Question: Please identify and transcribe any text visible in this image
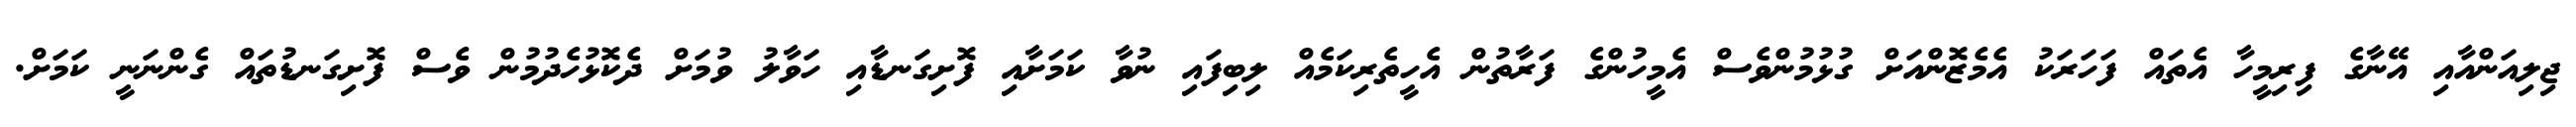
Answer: ޖިލިއަންއާއި އޭނާގެ ފިރިމީހާ އެތައް ފަހަރަކު އެމެޒޮންއަށް ގުޅުމުންވެސް އެމީހުންގެ ފަރާތުން އެހީތެރިކަމެއް ލިބިފައި ނުވާ ކަމަށާއި ފޮށިގަނޑާއި ހަވާލު ވުމަށް ދެކޮޅުހެދުމުން ވެސް ފޮށިގަނޑުތައް ގެންނަނީ ކަމަށް.